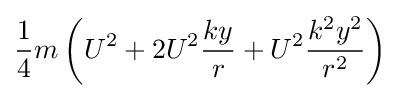
{\frac {1}{4}}m\left(U^{2}+2U^{2}{\frac {ky}{r}}+U^{2}{\frac {k^{2}y^{2}}{r^{2}}}\right)